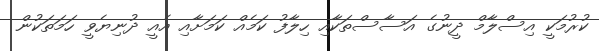
ކުރުމަކީ އިސްލާމް ދީނުގެ އަސާސްތަކާއި ހިލާފު ކަމެއް ކަމަށާއި އެއީ ދުނިޔެވީ ހަމަތަކުން